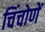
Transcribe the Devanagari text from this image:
चिंचोणें